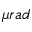
\mu r a d